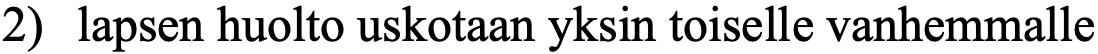
2) lapsen huolto uskotaan yksin toiselle vanhemmalle